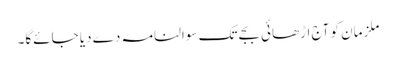
ملزمان کو آج اڑھائی بجے تک سوالنامہ دے دیا جائےگا۔